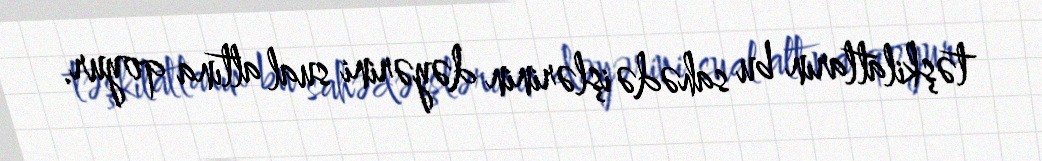
təşkilatların bu sahədə işlərinin dəyərini sual altına qoyur.